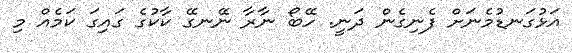
އަޅުގަނޑުމެނަށް ފެނިގެން ދަނީ. ހޭބޯ ނާރާ ނޭނގޭ ކާކުގެ ގައިގަ ކަމެއް މި